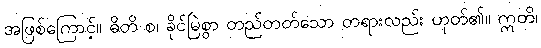
အဖြစ်ကြောင့်။ ဓိတိ စ၊ ခိုင်မြဲစွာ တည်တတ်သော တရားလည်း ဟုတ်၏။ ဣတိ၊